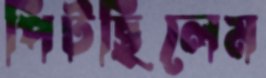
পিটছিলেম